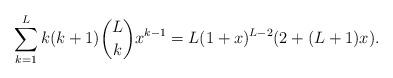
LaTeX: \begin{align*}\displaystyle\sum_{k=1}^{L}{k(k+1)\binom{L}{k}x^{k-1}} = L(1+x)^{L-2}(2+(L+1)x).\end{align*}